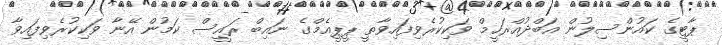
ޕާޓީގެ ކައުންސިލުން އަބްދުއްރަހީމް ވަކިކުރެވިފައިވާތީ ޕީޕީއެމްގެ ނައިބް ރައީސް ކަމުން އޭނާ ވަކިކުރެވިފައިވާ